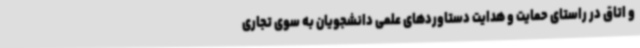
و اتاق در راستای حمایت و هدایت دستاوردهای علمی دانشجویان به سوی تجاری